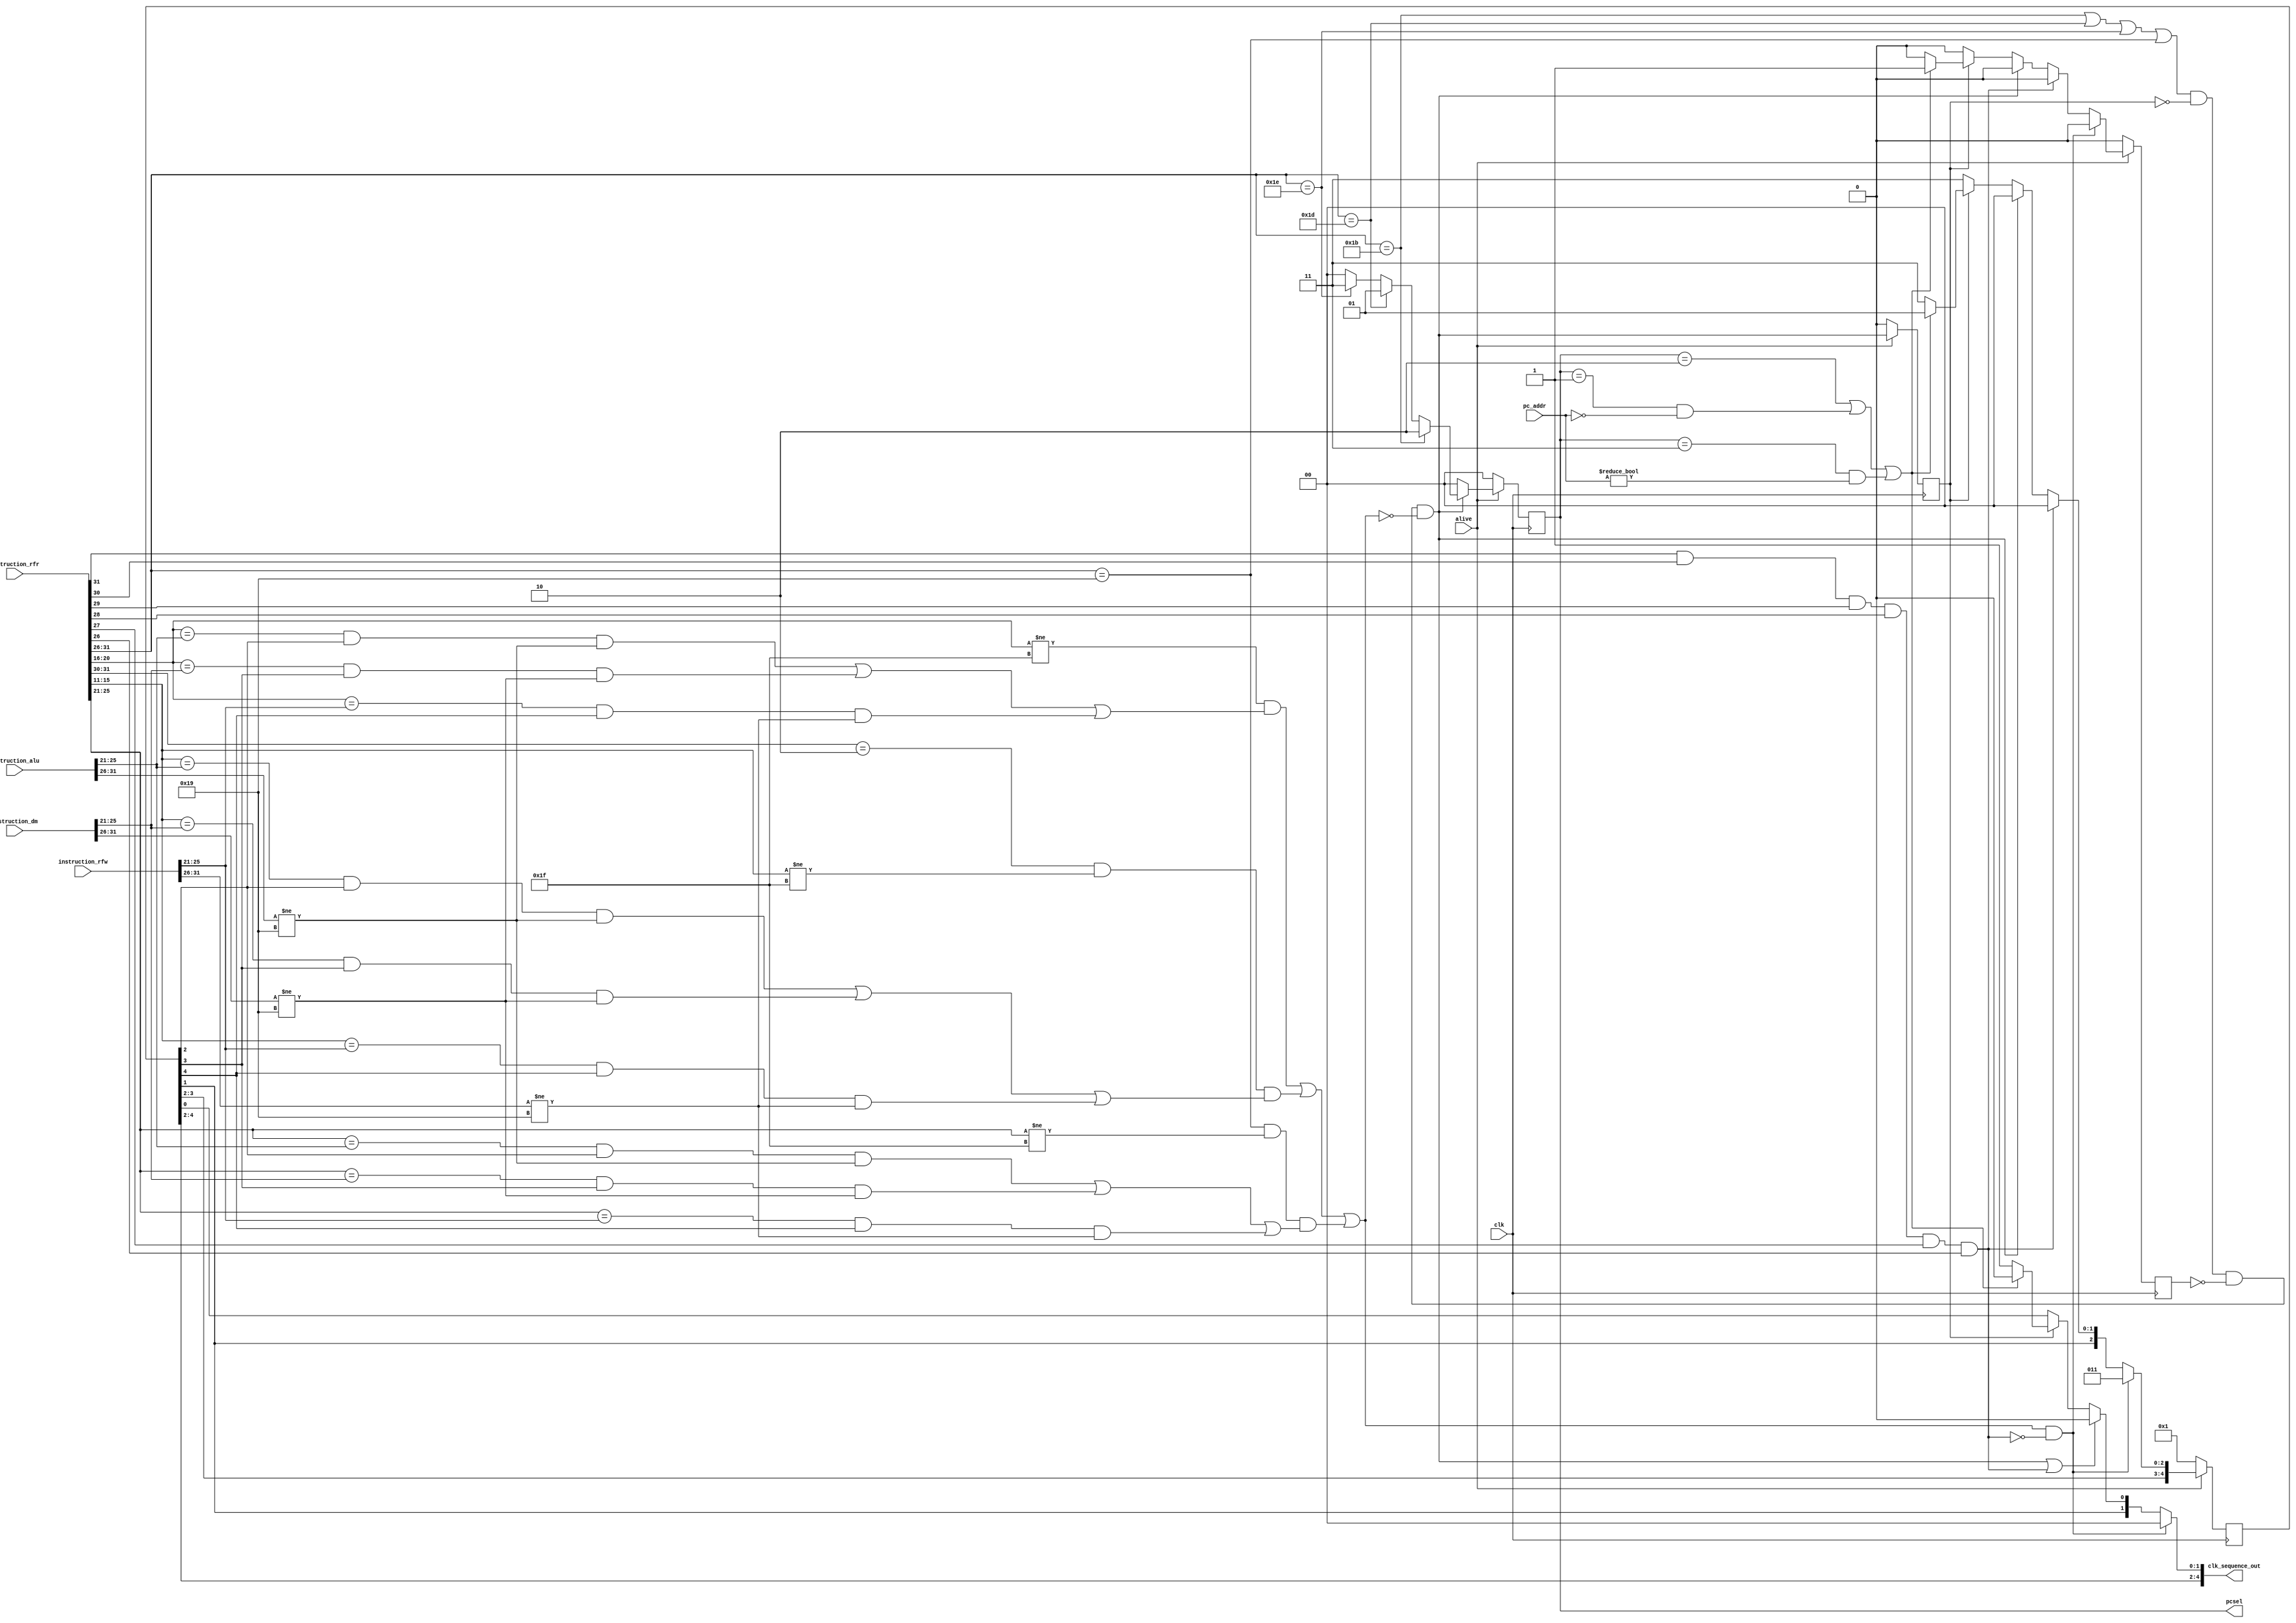
`define ST  6'h19
`define JMP 6'h1B
`define BEQ 6'h1D
`define BNE 6'h1E

`define PCSEL_BEQ	2'b01
`define PCSEL_JMP	2'b10
`define PCSEL_BNE	2'b11

// module clock_controller(
// 	input  wire clk,
// 	input  wire [31:0] instruction_rfr,
// 	input  wire [31:0] instruction_alu,
// 	input  wire [31:0] instruction_dm,
// 	input  wire [31:0] instruction_rfw,
// 	output reg  [5:0] clk_sequence,
// 	input  wire alive
// );

// 	reg [2:0] sc; // clk_sequence counter
	
// 	always @(posedge(clk)) begin
// 		if(alive) begin
// 			case(sc)
// 				3'd0: clk_sequence <= 6'b000001;
// 				3'd1: clk_sequence <= 6'b000010;
// 				3'd2: clk_sequence <= 6'b000100;
// 				3'd3: clk_sequence <= 6'b001000;
// 				3'd4: clk_sequence <= 6'b010000;
// 				3'd5: clk_sequence <= 6'b100000;
// 			endcase		
			
// 			if(sc == 3'd5) begin
// 				sc <= 3'd0;
// 			end else begin
// 				sc <= sc + 3'd1;
// 			end
// 		end else begin
// 			sc   <= 1'b0;
// 			clk_sequence <= 6'b000001;
// 		end
// 	end
// endmodule


module clock_controller(
	input  wire clk,
	input  wire [31:0] instruction_rfr, // Suffix represent the next stage of the instruction
	input  wire [31:0] instruction_alu,
	input  wire [31:0] instruction_dm,
	input  wire [31:0] instruction_rfw,
	input  wire [31:0] pc_addr,
	output wire [4:0] clk_sequence_out,
	output reg  [1:0] pcsel,
	input  wire alive
);
	reg [4:0] clk_sequence;
	initial clk_sequence = 5'b00001;
	initial pcsel = 2'b00;


	// Detect if the new instruction is EXIT
	wire exit = instruction_rfr[31] & instruction_rfr[30] & instruction_rfr[29] 
				& instruction_rfr[28] & instruction_rfr[27] & instruction_rfr[26];

	// Detect Data Hazard
	wire data_hazard_ra = (instruction_rfr[20:16] != 5'b11111) & 
					   ((instruction_rfr[20:16] == instruction_alu[25:21] & clk_sequence[2] == 1'b1 & instruction_alu[31:26] != 6'h19) |
						(instruction_rfr[20:16] == instruction_dm[25:21]  & clk_sequence[3] == 1'b1 & instruction_dm[31:26]  != 6'h19) |
						(instruction_rfr[20:16] == instruction_rfw[25:21] & clk_sequence[4] == 1'b1 & instruction_rfw[31:26] != 6'h19));
	
	// Only used in betaop operations => instrucion[31:30] == 2'b10
	wire data_hazard_rb = (instruction_rfr[31:30] == 2'b10) & 
					   (instruction_rfr[15:11] != 5'b11111) & 
					   ((instruction_rfr[15:11] == instruction_alu[25:21] & clk_sequence[2] == 1'b1 & instruction_alu[31:26] != 6'h19) |
						(instruction_rfr[15:11] == instruction_dm[25:21]  & clk_sequence[3] == 1'b1 & instruction_dm[31:26]  != 6'h19) |
						(instruction_rfr[15:11] == instruction_rfw[25:21] & clk_sequence[4] == 1'b1 & instruction_rfw[31:26] != 6'h19));

	// Only used in store operation => instrucion[31:26] == 6'h19
	wire data_hazard_rc = (instruction_rfr[31:26] == `ST) & 
					   (instruction_rfr[25:21] != 5'b11111) & 
					   ((instruction_rfr[25:21] == instruction_alu[25:21] & clk_sequence[2] == 1'b1 & instruction_alu[31:26] != 6'h19) |
						(instruction_rfr[25:21] == instruction_dm[25:21]  & clk_sequence[3] == 1'b1 & instruction_dm[31:26]  != 6'h19) |
						(instruction_rfr[25:21] == instruction_rfw[25:21] & clk_sequence[4] == 1'b1 & instruction_rfw[31:26] != 6'h19));
	
	wire data_hazard = data_hazard_ra | data_hazard_rb | data_hazard_rc;

	// Detect Control Hazard
	reg control_hazard_prev;
	reg control_hazard_prev_prev;
	initial control_hazard_prev = 1'b0;
	initial control_hazard_prev_prev = 1'b0;

	wire control_hazard_detection = instruction_rfr[31:26] == `JMP |
									instruction_rfr[31:26] == `BEQ |
									instruction_rfr[31:26] == `BNE ;
	
	wire st_gpu = instruction_rfr[31:26] == `ST;

	wire control_hazard = (control_hazard_detection | st_gpu) 
							& ~control_hazard_prev 
							& ~control_hazard_prev_prev 
							& ~data_hazard; // & ~exit (Implicit)

	wire stall = data_hazard & ~exit;

	assign clk_sequence_out = stall ? {clk_sequence[4:2], 2'b00} :
							  (control_hazard | exit) ? {clk_sequence[4:1], 1'b0} :
							  (control_hazard_prev) ? 
							  	(((pcsel == 2'b10) | (pcsel == `PCSEL_BEQ & pc_addr == 32'd0) | (pcsel == `PCSEL_BNE & pc_addr != 32'd0)) ? 
									{clk_sequence[4:1], 1'b0} :
									{clk_sequence[4:1], 1'b1})
								: clk_sequence;
	
	always @(posedge(clk)) begin
		if(alive) begin
			// clk_sequence[0] Instruction memory + Program Counter
			// clk_sequence[1] Register file (read)
			// clk_sequence[2] ALU
			// clk_sequence[3] Data memory
			// clk_sequence[4] Register file (write)
			
			// Reorganized structure
			if(stall) begin
				// Exit is always false here
				clk_sequence <= {clk_sequence[3:2], 3'b011};
				control_hazard_prev_prev <= 1'b0;
			end else begin
				if(exit) begin
					clk_sequence <= {clk_sequence[3:1], 2'b00};
					control_hazard_prev_prev <= 1'b0;
				end else begin
					if(control_hazard) begin
						clk_sequence <= {clk_sequence[3:1], 2'b00};
						control_hazard_prev_prev <= 1'b0;
					end else begin
						if(control_hazard_prev) begin
							if((pcsel == 2'b10) | (pcsel == `PCSEL_BEQ & pc_addr == 32'd0) | (pcsel == `PCSEL_BNE & pc_addr != 32'd0)) begin
								clk_sequence <= {clk_sequence[3:1], 2'b01};
								control_hazard_prev_prev <= 1'b1;
							end else begin
								clk_sequence <= {clk_sequence[3:1], 2'b11};
								control_hazard_prev_prev <= 1'b0;
							end
						end else begin
							clk_sequence <= {clk_sequence[3:1], 2'b11};
							control_hazard_prev_prev <= 1'b0;
						end
					end
				end
			end

			if(~control_hazard) begin
				pcsel <= 2'b00;
			end else begin
				if(instruction_rfr[31:26] == `JMP) begin
					pcsel <= 2'b10;
				end else begin if(instruction_rfr[31:26] == `BEQ) begin
						pcsel <= 2'b01;
					end else begin if(instruction_rfr[31:26] == `BNE) begin
							pcsel <= 2'b11;
						end else begin
							pcsel <= 2'b00;
						end
					end
				end
			end

			control_hazard_prev <= control_hazard;
			// control_hazard_prev_prev <= control_hazard_prev;
			
			
		end else begin
			clk_sequence <= 5'b00001;
			control_hazard_prev <= 1'b0;
			control_hazard_prev_prev <= 1'b0;
			pcsel <= 2'b00;
		end
	end
endmodule